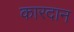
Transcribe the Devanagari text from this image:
कारदान